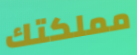
مملكتك